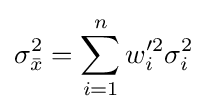
\sigma _{\bar {x}}^{2}=\sum _{i=1}^{n}{w_{i}'^{2}\sigma _{i}^{2}}